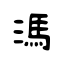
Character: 溤